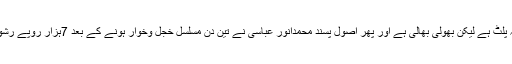
ٹیکس آفیسرنے پہلی ملاقات میں ہی بھانپ لیاکہ اسامی سعودیہ پلٹ ہے لیکن بھولی بھالی ہے اور پھر اُصول پسند محمدانور عباسی نے تین دن مسلسل خجل وخوار ہونے کے بعد 7ہزار روپے رشوت دے کر جان چھڑائی اوراپنے دوست عاطف سے طعنہ سُنا۔